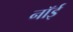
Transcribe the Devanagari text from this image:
नॉई